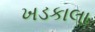
ખડકાલા